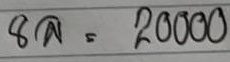
8ล = 20000